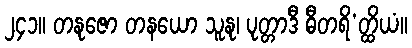
၂၄၁။ တနုဇော တနယော သူနု၊ ပုတ္တာဒီ ဓီတရိ’တ္ထိယံ။